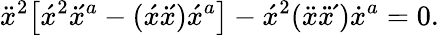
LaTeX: \ddot{x}^{2}\big[\acute{x}{}^{2}x\! \! \dot{}\, \acute{}\, {}^{a}-(\acute{x}x\! \! \dot{}\, \acute{}\, )\acute{x}{}^{a}\big]-\acute{x}^{2}(\ddot{x}x\! \! \dot{}\, \dot{}\, \acute{}\, )\dot{x}{}^{a}=0.